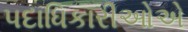
પદાધિકારીઓએ